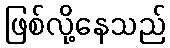
ဖြစ်လို့နေသည်